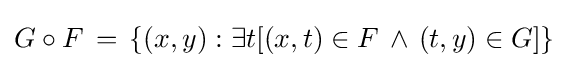
G\circ F\,=\,\{(x,y):\exists t[(x,t)\in F\,\land \,(t,y)\in G]\}